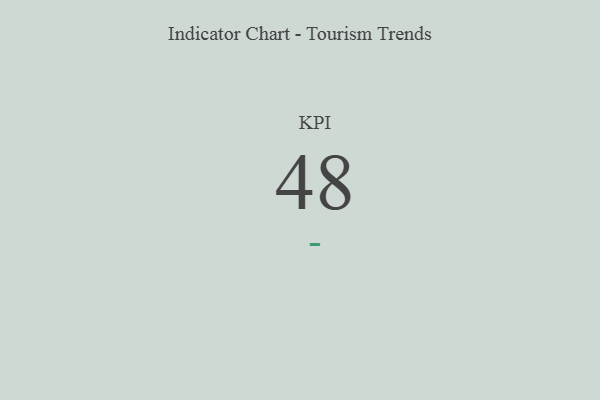
{"axis": {"x": "KPI", "y": "Value"}, "legend": [""], "data": [{"x": "KPI", "y": 48, "type": ""}]}